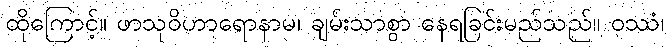
ထိုကြောင့်။ ဖာသုဝိဟာရောနာမ၊ ချမ်းသာစွာ နေရခြင်းမည်သည်။ ဝဿံ၊